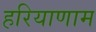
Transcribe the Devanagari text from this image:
हरियाणाम